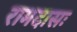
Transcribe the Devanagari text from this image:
रामदासः